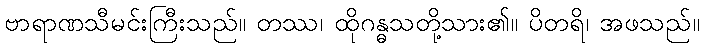
ဗာရာဏသီမင်းကြီးသည်။ တဿ၊ ထိုဂန္ဓသတို့သား၏။ ပိတရိ၊ အဖသည်။